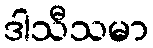
ဒါသီသမာ